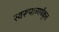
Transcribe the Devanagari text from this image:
स्वरूपाचार्यकृत